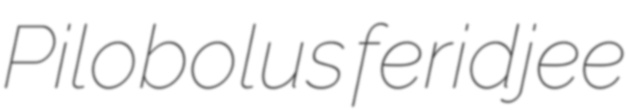
Pilobolus feridjee